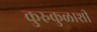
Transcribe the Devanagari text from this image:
कुरुकुळाशी